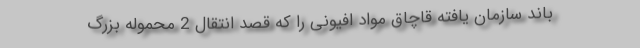
باند سازمان یافته قاچاق مواد افیونی را که قصد انتقال 2 محموله بزرگ